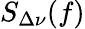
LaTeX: S_{\Delta\nu}(f)